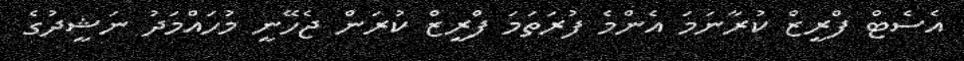
އެސެޓް ފްރީޒް ކުރާނަމަ އެންމެ ފުރަތަމަ ފްރީޒް ކުރަން ޖެހޭނީ މުހައްމަދު ނަޝީދުގެ